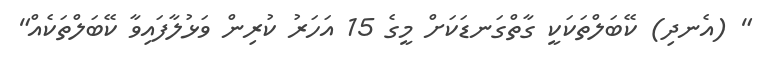
" (އެނދި) ކޭބަލްތަކަކީ ގާތްގަނޑަކަށް މީގެ 15 އަހަރު ކުރިން ވަޅުލާފައިވާ ކޭބަލްތަކެއް"